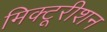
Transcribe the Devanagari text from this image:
मिक्टूरीशन